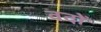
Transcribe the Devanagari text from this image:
वदों